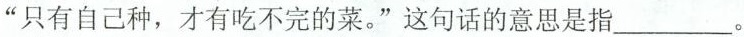
”只有自己种，才有吃不完的菜。”这句话的意思是指___。